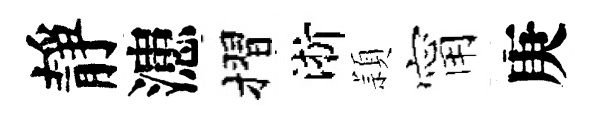
靜漶摺淅頴甯庚